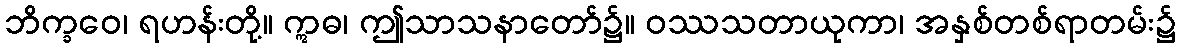
ဘိက္ခဝေ၊ ရဟန်းတို့။ ဣဓ၊ ဤသာသနာတော်၌။ ဝဿသတာယုကာ၊ အနှစ်တစ်ရာတမ်း၌